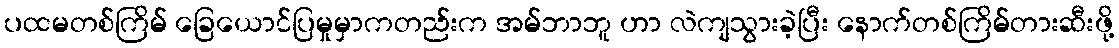
ပထမတစ်ကြိမ် ခြေယောင်ပြမှုမှာကတည်းက အမ်ဘာဘူ ဟာ လဲကျသွားခဲ့ပြီး နောက်တစ်ကြိမ်တားဆီးဖို့